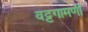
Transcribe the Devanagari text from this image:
वट्टगामणी